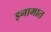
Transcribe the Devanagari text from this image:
इनामात